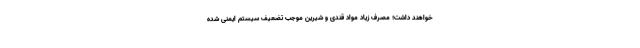
خواهند داشت؛ مصرف زیاد مواد قندی و شیرین موجب تضعیف سیستم ایمنی شده